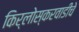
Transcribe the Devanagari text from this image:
किर्लोस्करवाडीचे